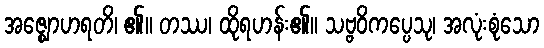
အဇ္ဈောဟရတိ၊ ၏။ တဿ၊ ထိုရဟန်း၏။ သဗ္ဗဝိကပ္ပေသု၊ အလုံးစုံသော